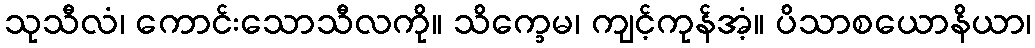
သုသီလံ၊ ကောင်းသောသီလကို။ သိက္ခေမ၊ ကျင့်ကုန်အံ့။ ပိသာစယောနိယာ၊